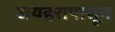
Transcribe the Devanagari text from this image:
जयहरापासून